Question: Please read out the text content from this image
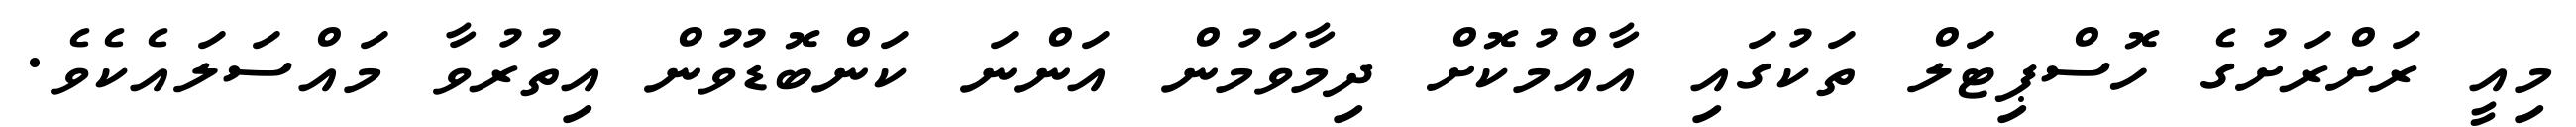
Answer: މިއީ ރަށްރަށުގެ ހޮސްޕިޓަލް ތަކުގައި އާއްމުކޮށް ދިމާވަމުން އަންނަ ކަންބޮޑުވުން އިތުރުވާ މައްސަލައެކެވެ.